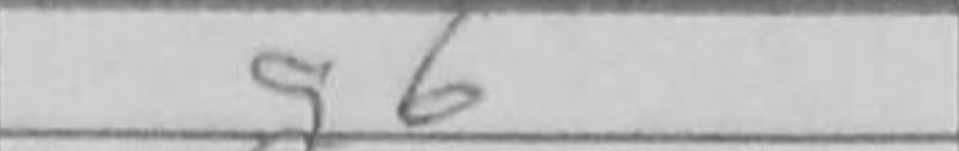
Transcription: g6